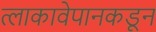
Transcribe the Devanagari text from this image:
त्लाकावेपानकडून